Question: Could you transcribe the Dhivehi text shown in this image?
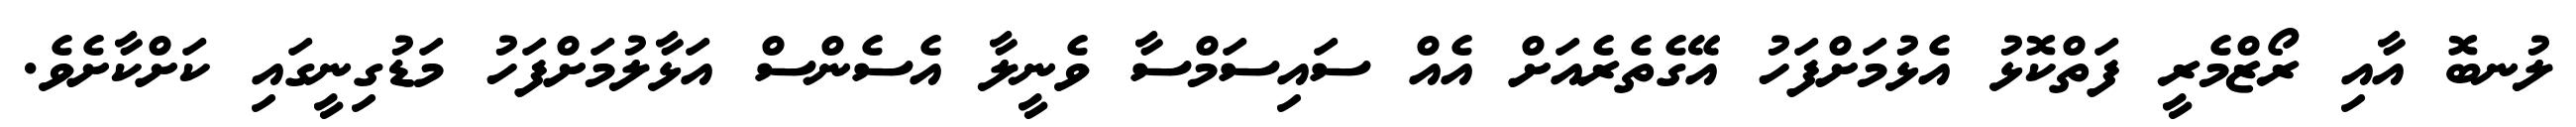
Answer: ލުނބޮ އާއި ރޯޒްމެރީ ފަތްކޮޅު އެޅުމަށްފަހު އޭގެތެރެއަށް އެއް ސައިސަމްސާ ވެނީލާ އެސެންސް އަޅާލުމަށްފަހު މަޑުގިނީގައި ކަށްކާށެވެ.